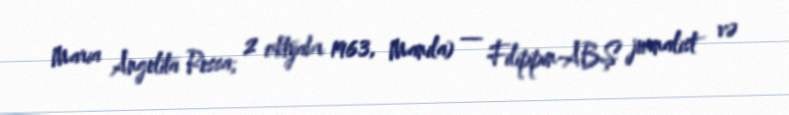
Maria Angelita Ressa; 2 oktyabr 1963, Manila) — Filippin-ABŞ jurnalist və